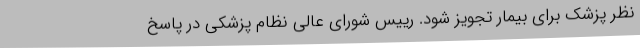
نظر پزشک برای بیمار تجویز شود. رییس شورای عالی نظام پزشکی در پاسخ